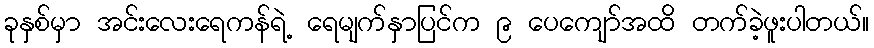
ခုနှစ်မှာ အင်းလေးရေကန်ရဲ့ ရေမျက်နှာပြင်က ၉ ပေကျော်အထိ တက်ခဲ့ဖူးပါတယ်။